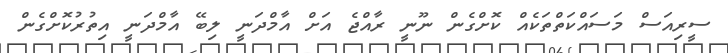
ސީރިއަސް މަސައްކަތްތަކެއް ކޮށްގެން ނޫނީ ރާއްޖެ އަށް އާމްދަނީ ލިބޭ އާމްދަނީ އިތުރުކޮށްގެން